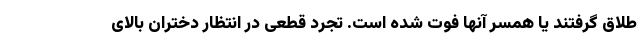
طلاق گرفتند یا همسر آنها فوت شده است. تجرد قطعی در انتظار دختران بالای